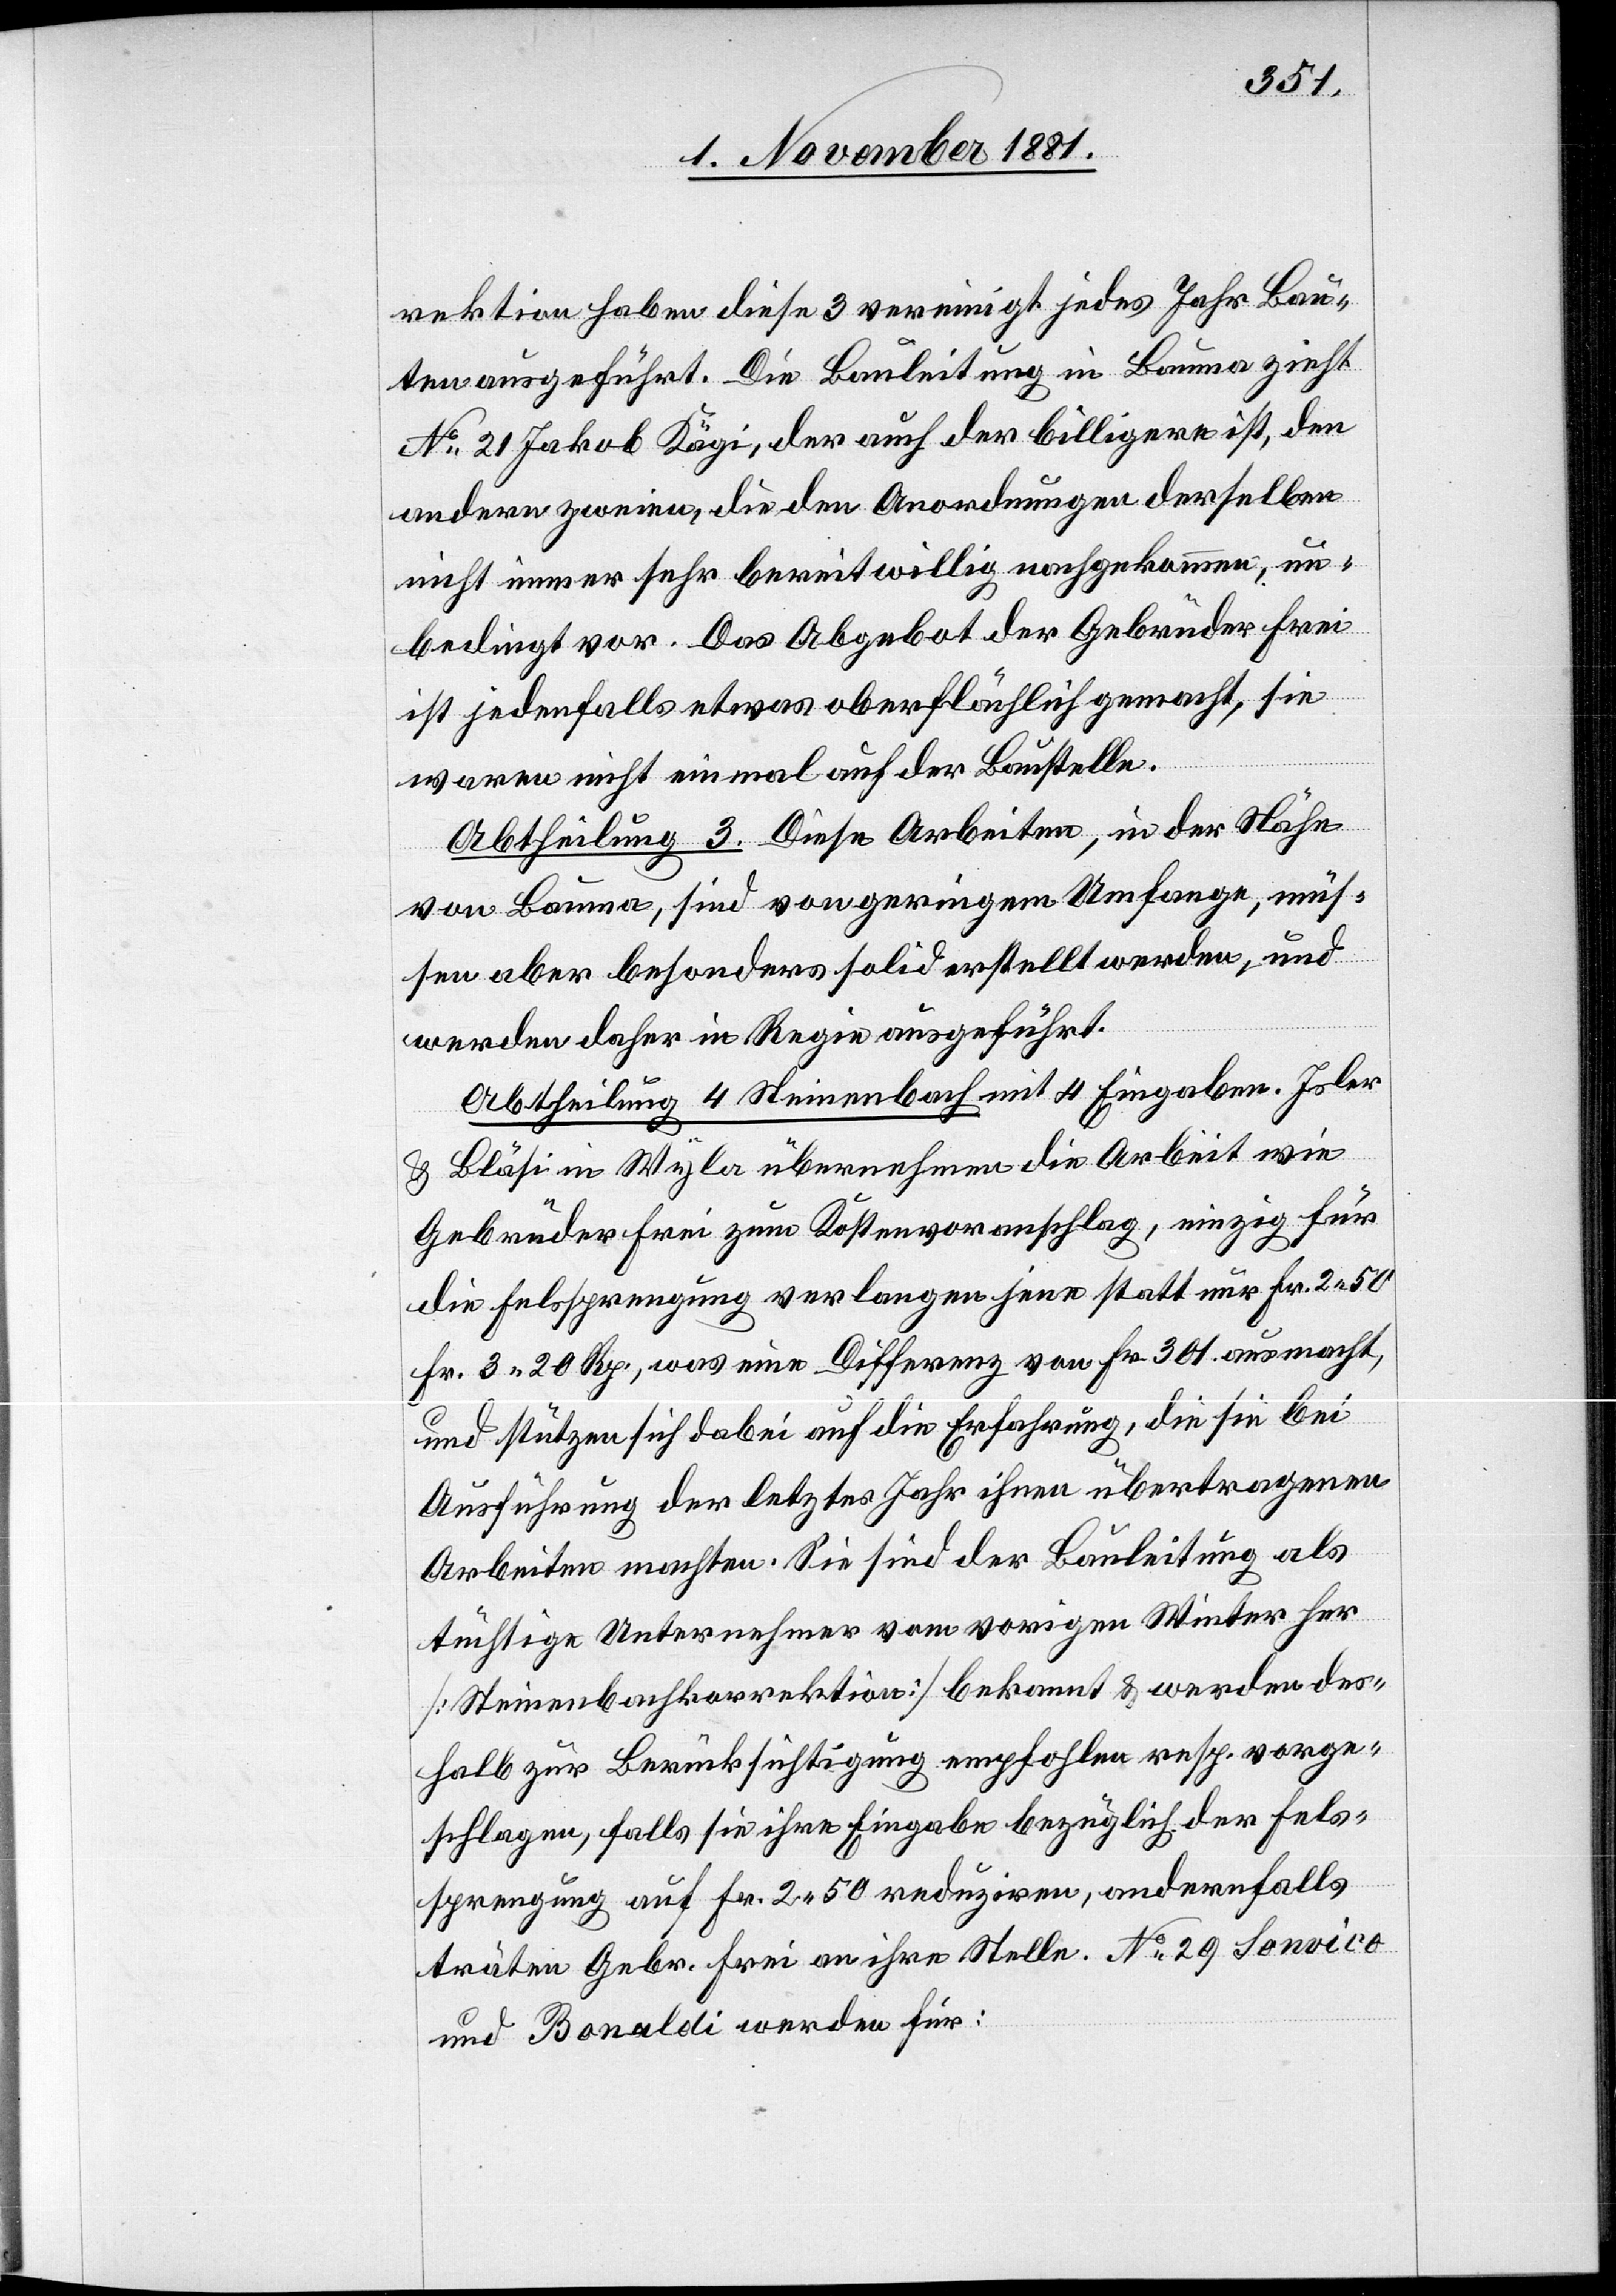
rektion haben diese 3 vereinigt jedes Jahr Bau¬
ten ausgeführt. Die Bauleitung in Bauma zieht
No 21 Jakob Kägi, der auch der billigere ist, den
andern zweien, die den Anordnungen derselben
nicht immer sehr bereitwillig nachgekommen, un¬
bedingt vor. Das Abgebot der Gebrüder Frei
ist jedenfalls etwas oberflächlich gemacht, sie
waren nicht einmal auf der Baustelle.
Abtheilung 3. Diese Arbeiten, in der Nähe
von Bauma, sind von geringem Umfang, müs¬
sen aber besonders solid erstellt werden, und
werden daher in Regie ausgeführt.
Abtheilung 4 Steinenbach mit 4 Eingaben. Isler
& Bläsi in Wyla übernehmen die Arbeit wie
Gebrüder Frei zum Kostenvoranschlag, einzig für
die Felssprengung verlangen jene statt nur Fr. 2 50
Fr. 3 20 Rp., was eine Differenz von Fr. 301 ausmacht,
und stützen sich dabei auf die Erfahrung, die sie bei
Ausführung der letztes Jahr ihnen übertragenen
Arbeiten machten. Sie sind der Bauleitung als
tüchtige Unternehmer vom vorigen Winter her
[Steinenbachkorrektion] bekannt & werden des¬
halb zur Berücksichtigung empfohlen resp. vorge¬
schlagen, falls sie ihre Eingabe bezüglich der Fels¬
sprengung auf Fr. 2 50 reduziren, andernfalls
träten Gebr. Frei an ihre Stelle. No 29 Sonvico
und Bonaldi werden für: